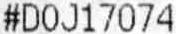
#DOJ17074